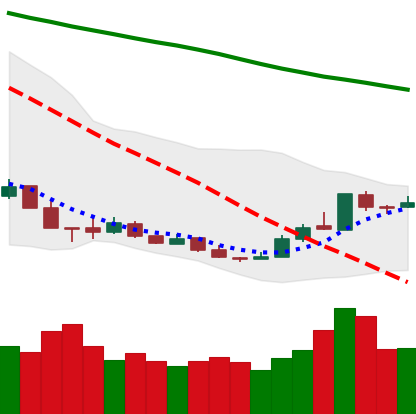
Ticker: XMR-USD
Chart end date: 2018-12-23
Forward return: -5.659%
Label: down_5_7